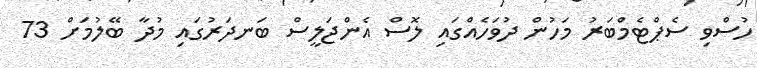
ހުސްވި ސެޕްޓެމްބަރު މަހުން ދުވަހެއްގައި ލޮސް އެންޖަލީސް ބަނދަރުގައި މުދާ ބޭލުމަށް 73